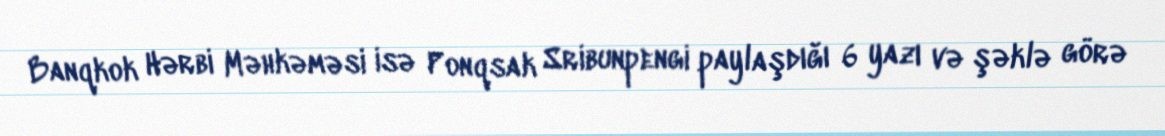
Banqkok Hərbi Məhkəməsi isə Ponqsak Sribunpengi paylaşdığı 6 yazı və şəklə görə